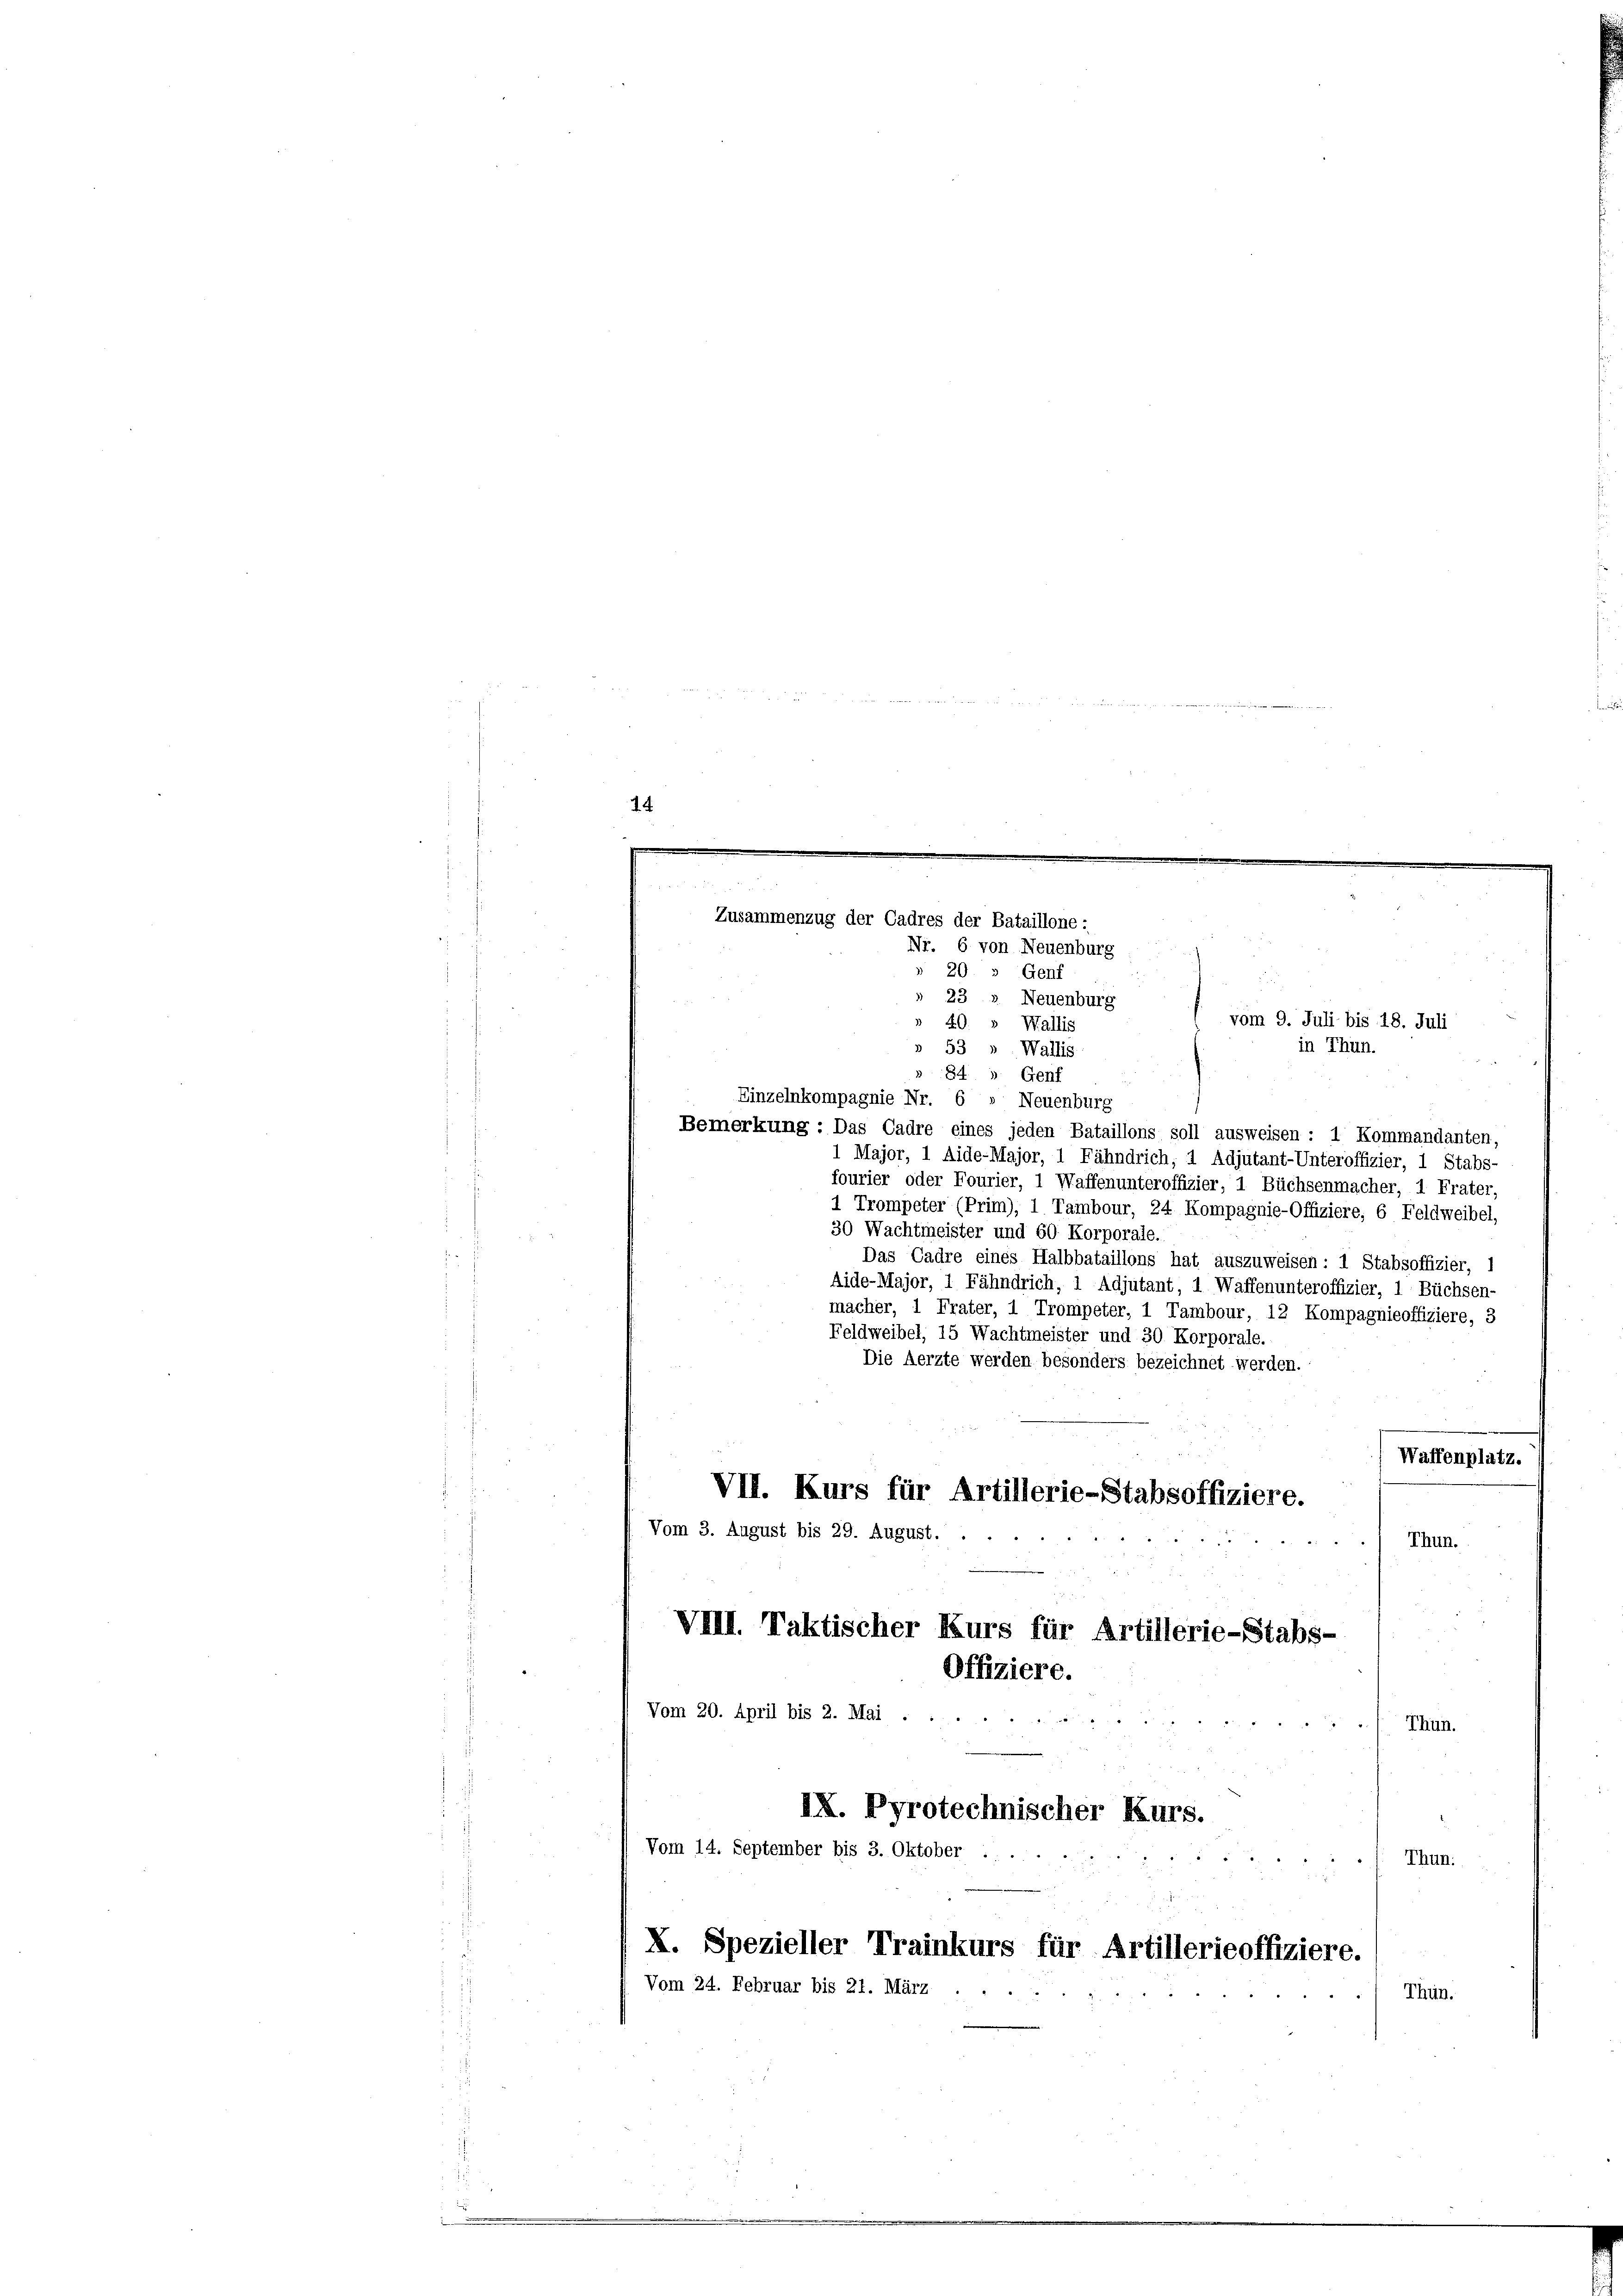
Zusammenzug der Cadres der Bataillone:
Nr. 6 von Neuenburg

e
  in den wenn

20
Genf
1
23
Neuenburg
40.
» Wallis
in Thun.
53
Wallis
84
Genf
Einzelnkompagnie Nr. 6 » Neuenburg
Bemerkung: Das Cadre eines jeden Bataillons soll ausweisen : 1 Kommandanten,
1 Major, 1 Aide-Major, 1 Fähndrich; 1 Adjutant-Unteroffizier, 1 Stabs-
fourier oder Fourier, 1 Waffenunteroffizier, 1 Büchsenmacher, 1 Frater,
1 Trompeter (Prim), 1 Tambour, 24 Kompagnie-Offiziere, 6 Feldweibel,
30 Wachtmeister und 60 Korporale.
Das Cadre eines Halbbataillons hat auszuweisen: 1 Stabsoffizier, 1
Aide-Major, 1 Fähndrich, 1 Adjutant, 1 Waffenunteroffizier, 1 Büchsen-
macher, 1 Frater, 1 Trompeter, 1 Tambour, 12 Kompagnieoffiziere, 3
Feldweibel, 15 Wachtmeister und 30 Korporale.
Die Aerzte werden besonders bezeichnet werden.
Waffenplatz.
VII. Kurs für Artillerie-Stabsoffiziere.
Vom 3. August bis 29. August. . .
Thun.
VIII. Taktischer Kurs für Artillerie-Stabs-
Offiziere.
Vom 20. April bis 2. Mai . .

Thun.
IX. Pyrotechnischer Kurs.
Vom 14. September bis 3. Oktober .
Thun.
X. Spezieller Trainkurs für Artillerieoffiziere.
Vom 24. Februar bis 21. März
Thun.

vom 9. Juli bis 18. Juli